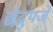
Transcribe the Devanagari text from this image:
छेद्रुपजे